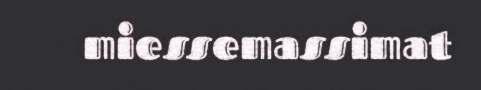
miessemassimat